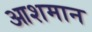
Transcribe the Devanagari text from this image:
आशमान